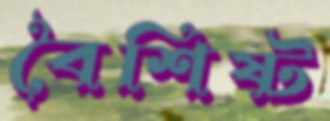
বৈশিষ্ট